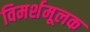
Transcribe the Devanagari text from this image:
विमर्शमूलक